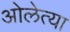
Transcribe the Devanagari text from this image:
ओलेत्या